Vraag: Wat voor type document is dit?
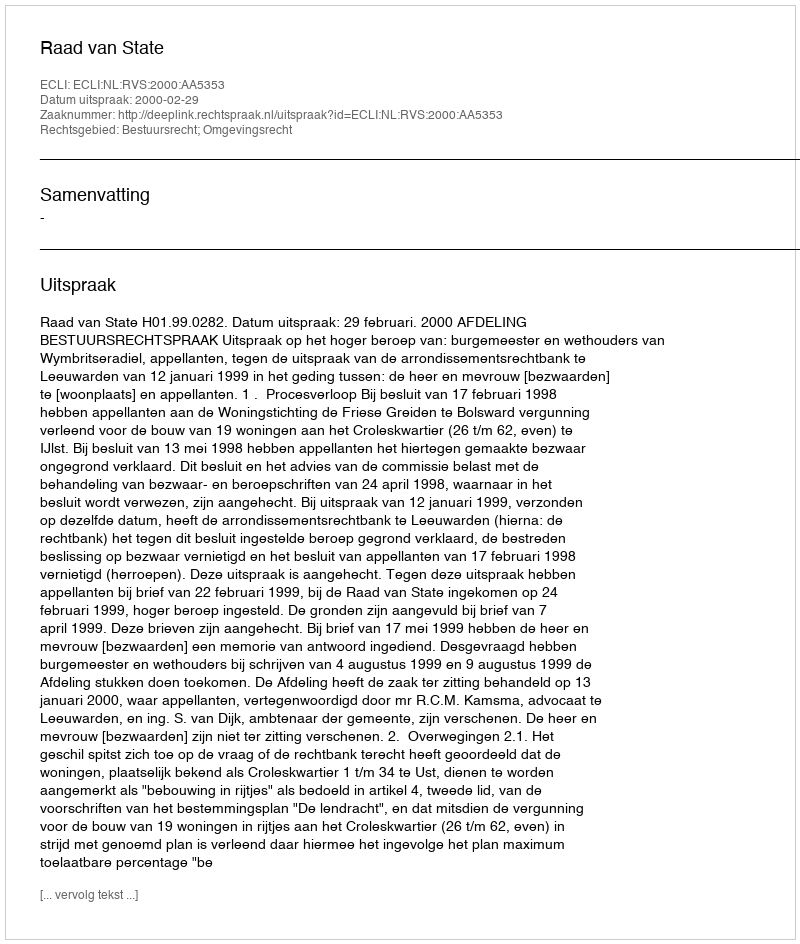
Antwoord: Uitspraak